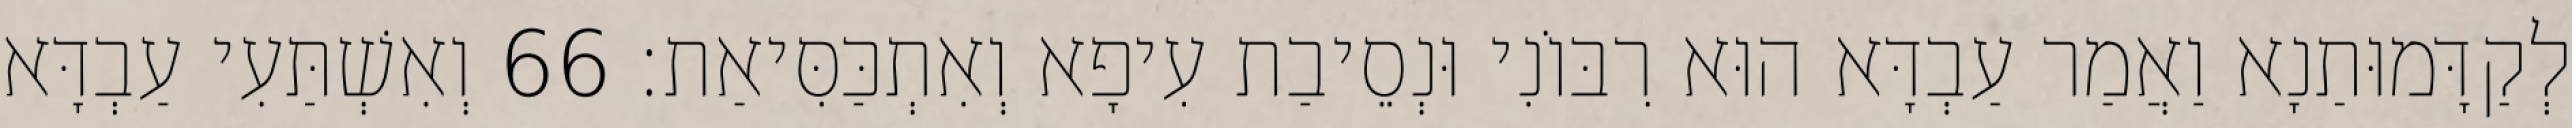
לְקַדָּמוּתַנָא וַאֲמַר עַבְדָּא הוּא רִבּוֹנִי וּנְסֵיבַת עִיפָא וְאִתְכַּסִּיאַת׃ 66 וְאִשְׁתַּעִי עַבְדָּא